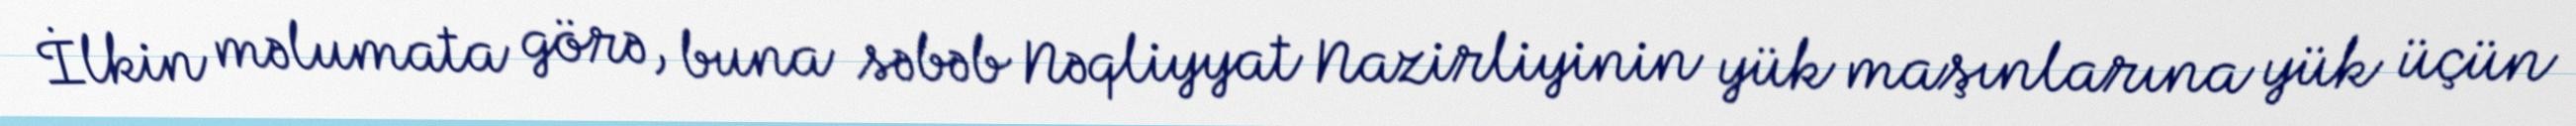
İlkin məlumata görə, buna səbəb Nəqliyyat Nazirliyinin yük maşınlarına yük üçün